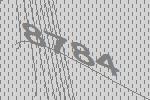
8784